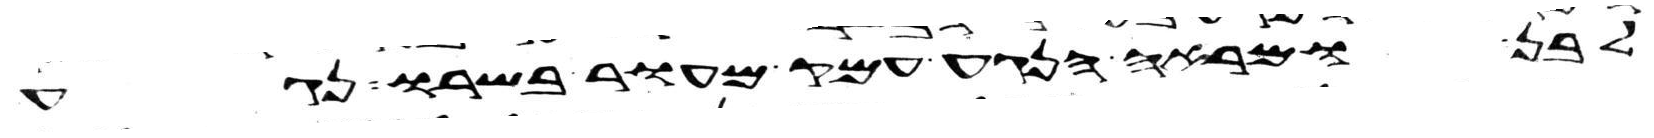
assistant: לבן ומראה הנגע עמק מעור בשרו נגע